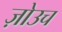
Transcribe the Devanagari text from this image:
ज़ोउच